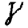
Digit: 8